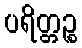
ပရိတ္တဉ္စ